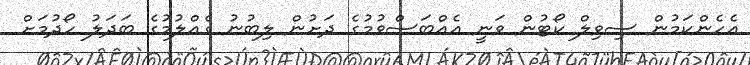
އެހެންކަމުން ސިވިލް ކޯޓުން ވަނީ އެއްބަސްވުމުގެ ދަށުން ލިބުނު ގެއްލުމުގެ ބަދަލު ހޯދުމަށް